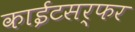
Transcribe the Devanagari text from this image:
काईटसर्फर